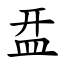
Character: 㿼